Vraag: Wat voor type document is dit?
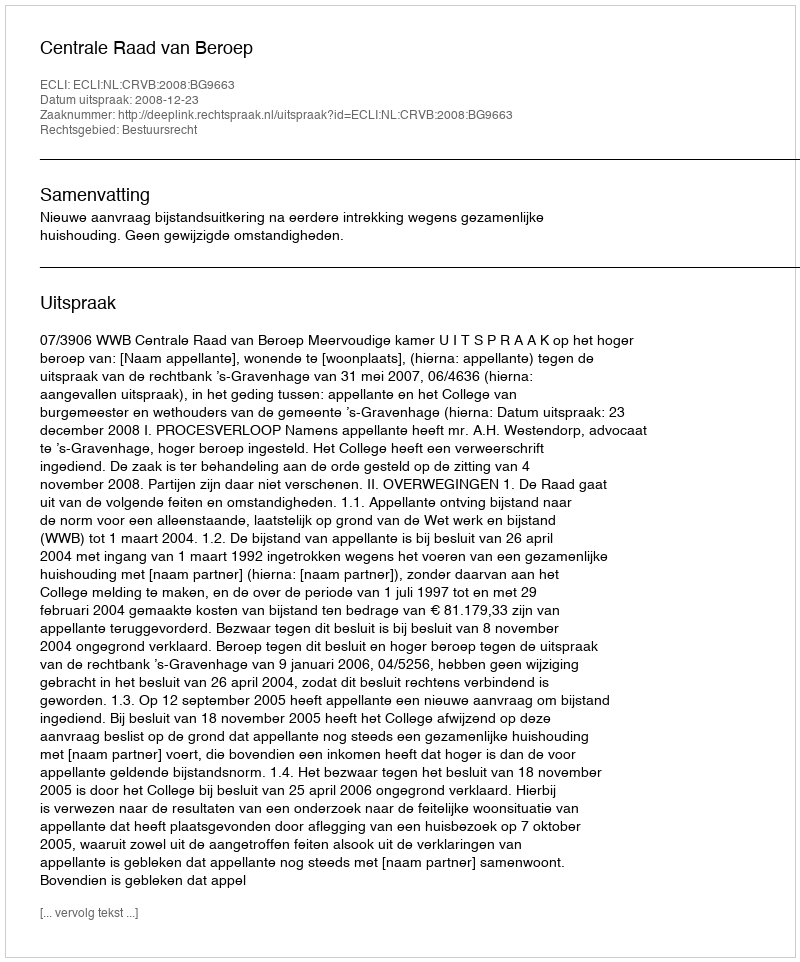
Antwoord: Uitspraak